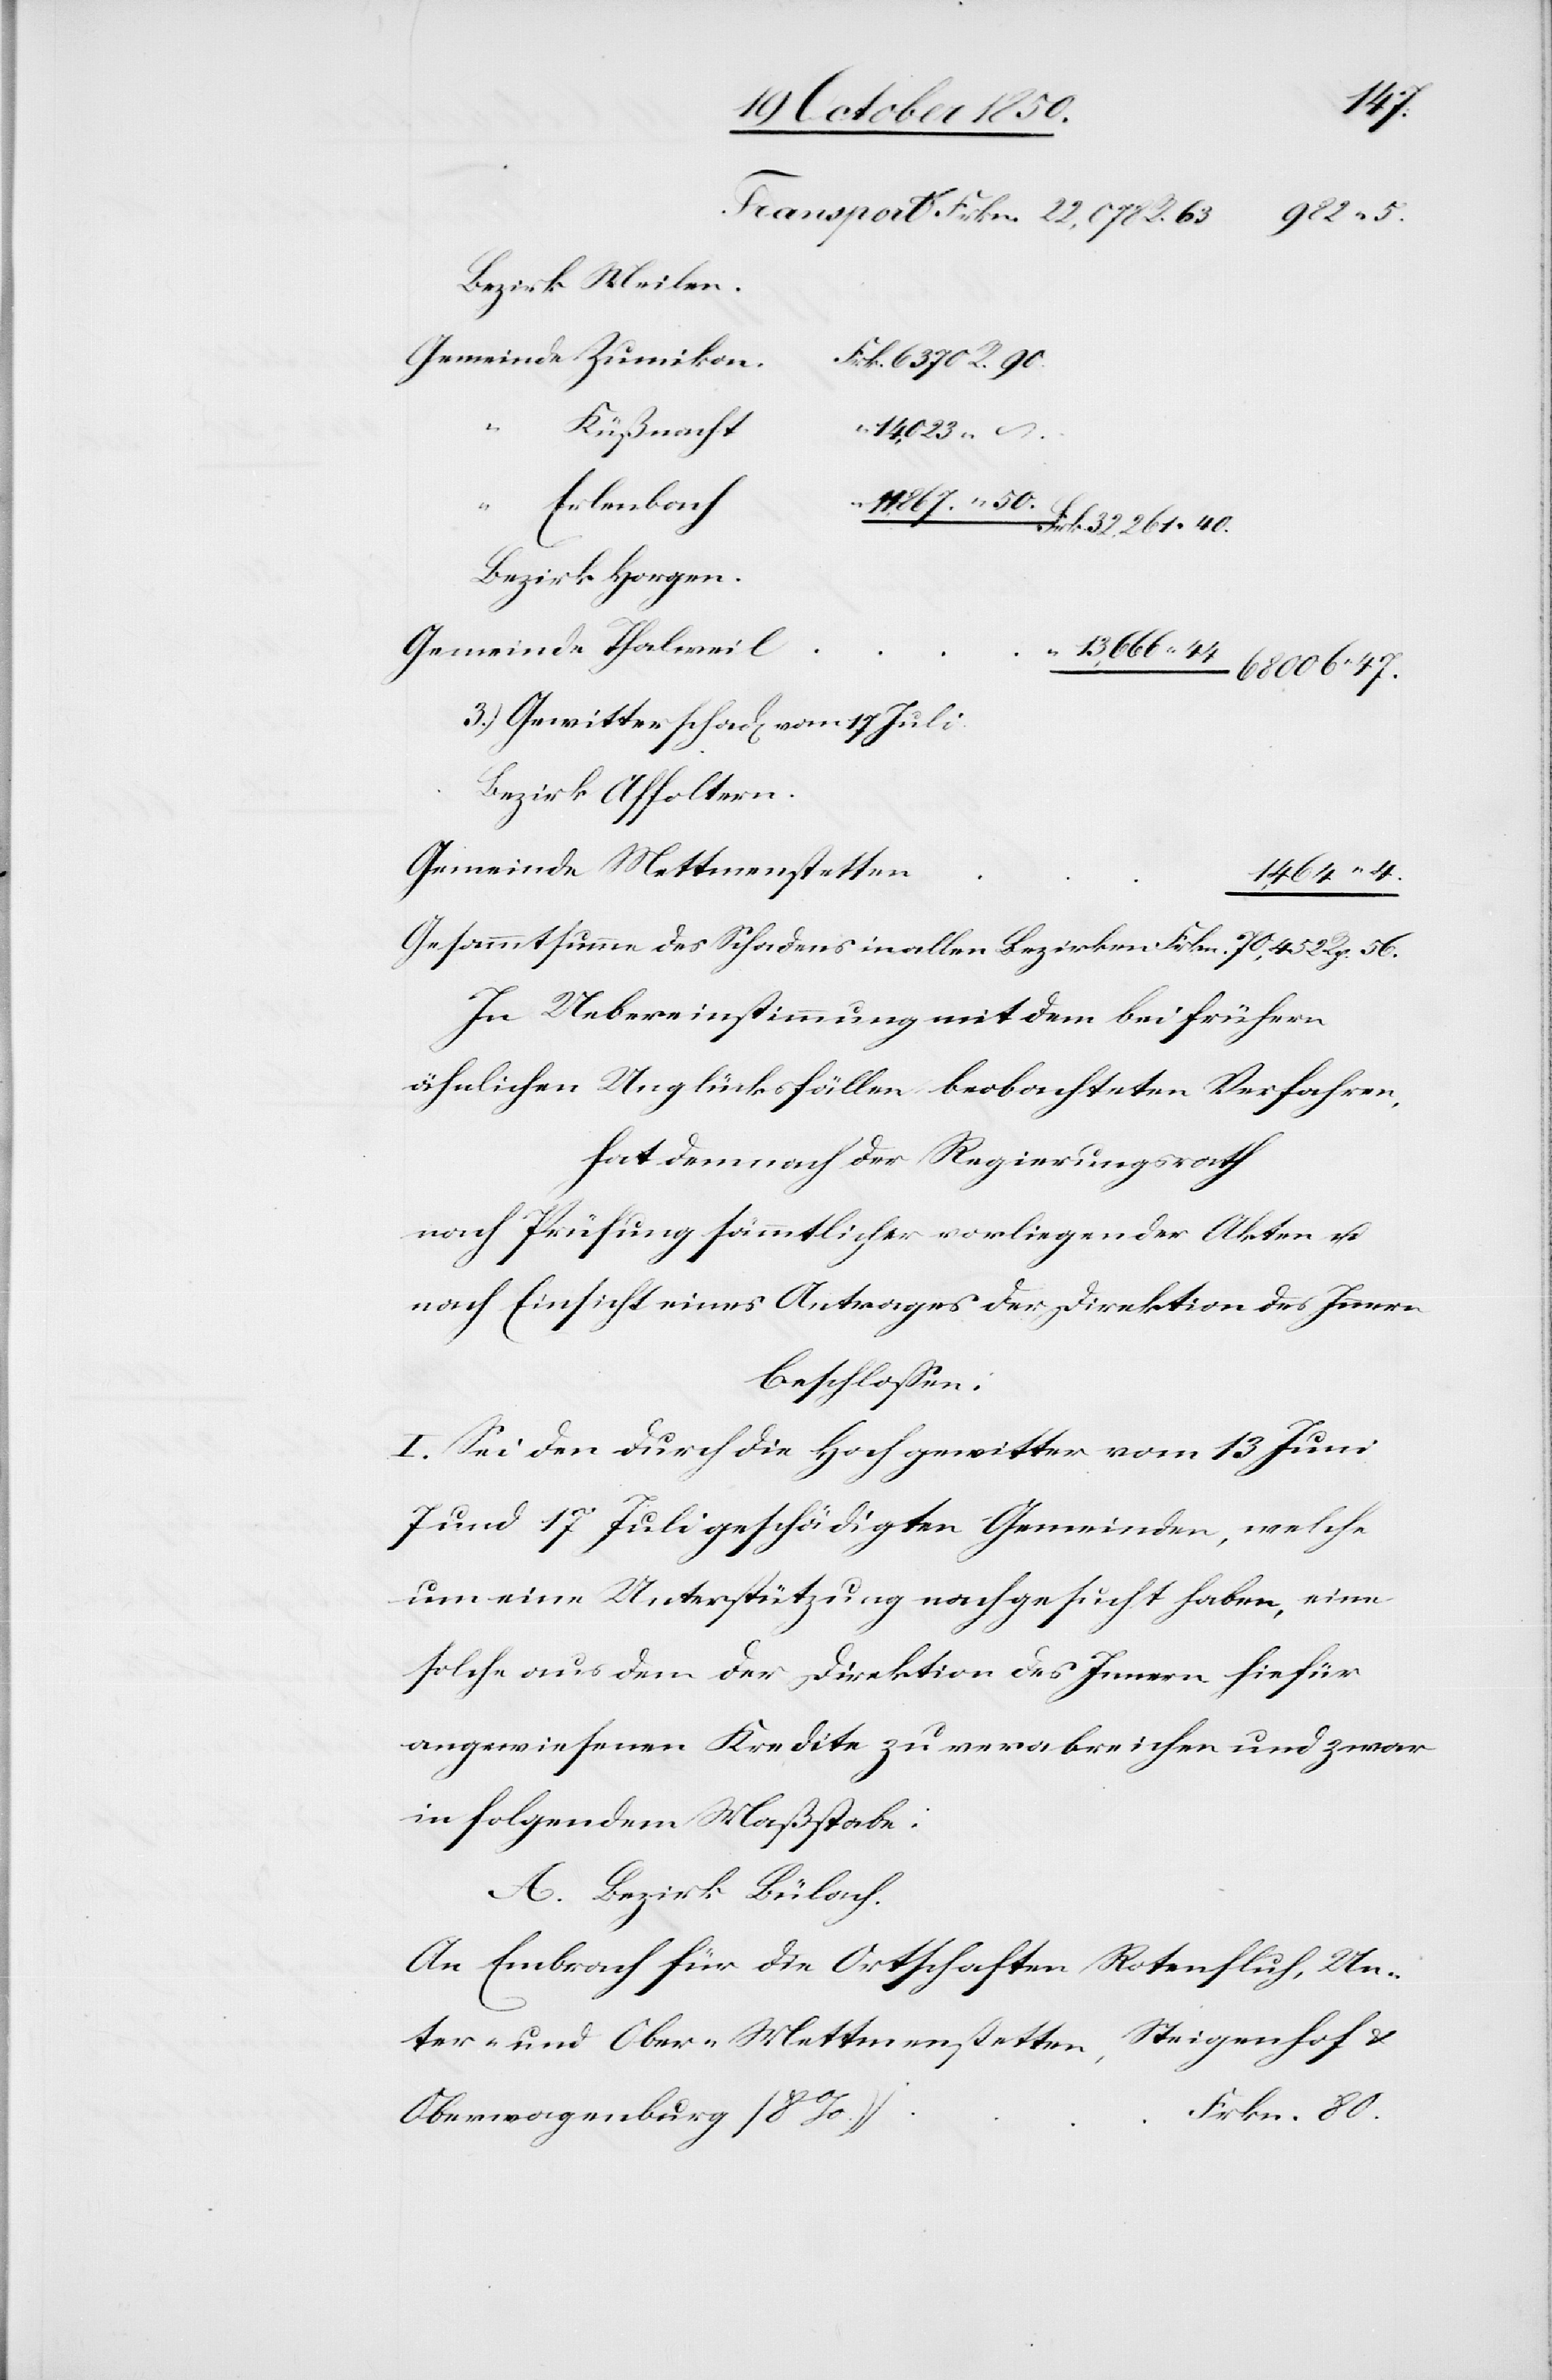
44
Bezirk Meilen
Gemeinde Zumiko¬
n		Frk. 6370 R. 90.
14,023
“ Erlenbach
11,867. “ 50.
n					1,464 4.
Bezirk Horgen.
3.) Gewitterschad[en] vom 17 Juli.
Bezirk Affoltern
Gemeinde Mettmenstette¬
006 47.
Gesammtsumme des Schadens in allen Bezirken					Frkn. 70,452 Rp. 56.
In Uebereinstimmung mit dem bei frühern
ähnlichen Unglücksfällen beobachteten Verfahren,
hat demnach der Regierungsrath
nach Prüfung sämmtlicher vorliegender Akten u.
nach Einsicht eines Antrages der Direktion des Innern
beschlossen:
I. Sei den durch die Hochgewitter vom 13 Juni[,]
7 und 17 Juli geschädigten Gemeinden, welche
um eine Unterstützung nachgesucht haben, eine
solche aus dem der Direktion des Innern hiefür
angewiesenen Kredite zu verabreichen und zwar
in folgendem Maßstabe:
A. Bezirk Bülach.
An Embrach für die Ortschaften Rotenfluh, Un¬
ter- und Ober-Mettmenstetten, Steigenhof &
Frkn. 80.